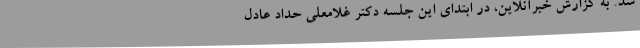
شد. به گزارش خبرآنلاین، در ابتدای این جلسه دکتر غلامعلی حداد عادل